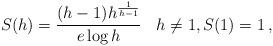
LaTeX: \begin{align*}S(h)=\dfrac{(h-1)h^{\frac{1}{h-1}}}{e \log h} \:\:\:\: h \neq 1, S(1)=1\:,\end{align*}